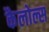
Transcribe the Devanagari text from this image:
कैलोल्स